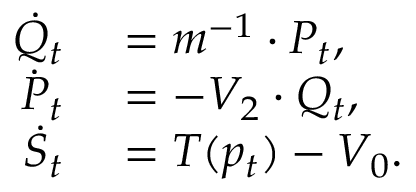
\begin{array} { r l } { \dot { Q } _ { t } } & { { } = m ^ { - 1 } \cdot P _ { t } , } \\ { \dot { P } _ { t } } & { { } = - V _ { 2 } \cdot Q _ { t } , } \\ { \dot { S } _ { t } } & { { } = T ( p _ { t } ) - V _ { 0 } . } \end{array}